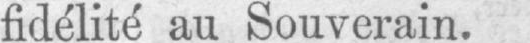
fidélité au Souverain.